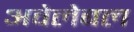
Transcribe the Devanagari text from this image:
अवेलेबल